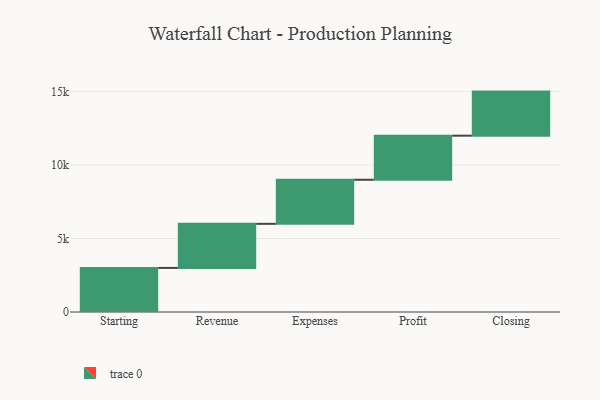
{"axis": {"x": "Step", "y": "Value"}, "legend": [""], "data": [{"x": "Starting", "y": 3000, "type": ""}, {"x": "Revenue", "y": 3000, "type": ""}, {"x": "Expenses", "y": 3000, "type": ""}, {"x": "Profit", "y": 3000, "type": ""}, {"x": "Closing", "y": 3000, "type": ""}]}